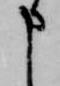
申